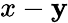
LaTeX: x-\mathbf{y}